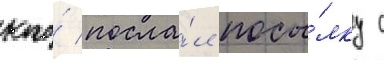
кто́ посла́л посы́лку с